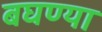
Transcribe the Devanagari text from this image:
बघण्या